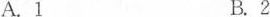
A.1 B.2